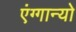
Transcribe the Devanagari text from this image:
एंग्गान्यो